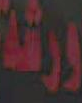
ورشة